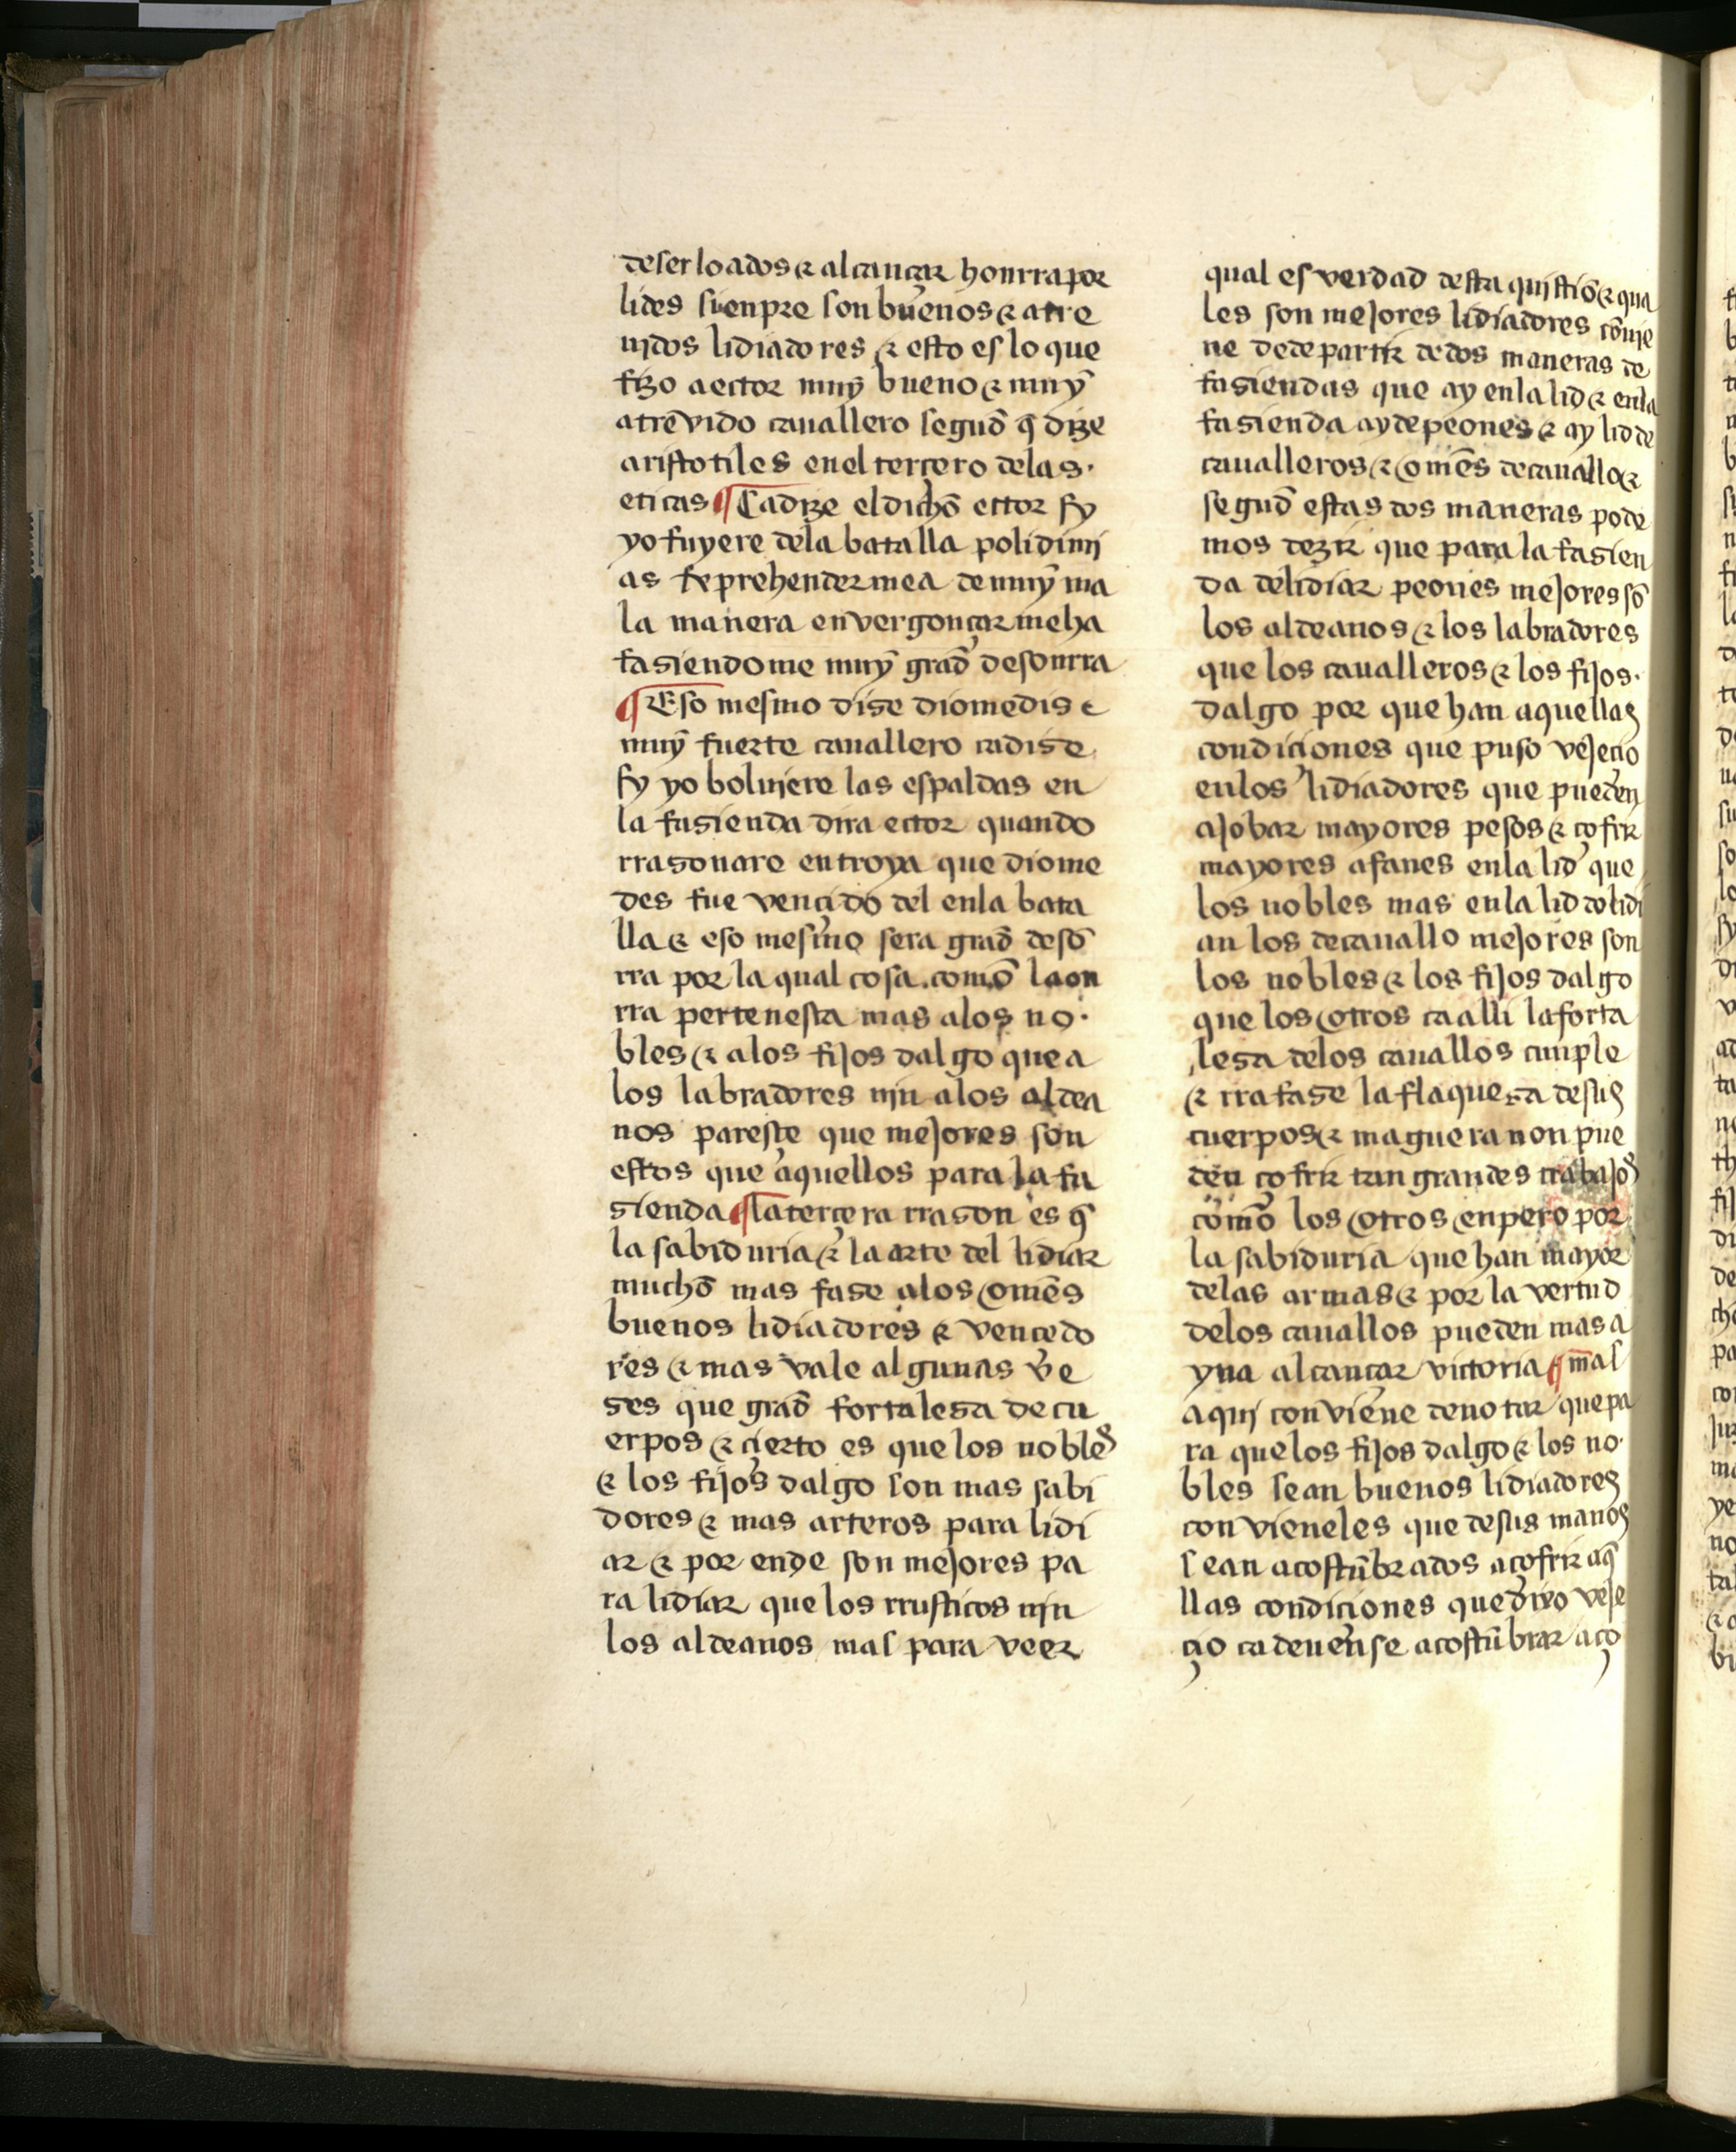
Shelfmark: Salamanca, Biblioteca Histórica USAL, 2709
Century: 15